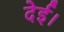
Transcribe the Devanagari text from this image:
देई।